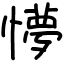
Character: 懜